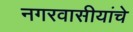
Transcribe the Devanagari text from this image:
नगरवासीयांचे